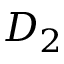
D _ { 2 }